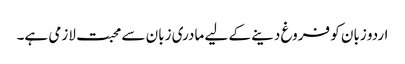
اردو زبان کو فروغ دینے کے لیے مادری زبان سے محبت لازمی ہے۔